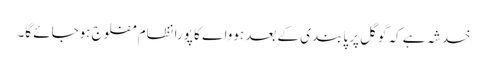
خدشہ ہے کہ گوگل پر پابندی کے بعد ہوواے کا پورا نظام مفلوج ہوجائے گا۔